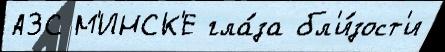
АЗС М'ИНСК'Е гла́за бл'и́зост'и